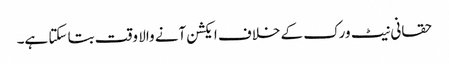
حقانی نیٹ ورک کے خلاف ایکشن آنے والا وقت بتا سکتا ہے۔